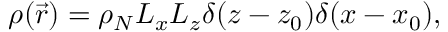
\rho ( \vec { r } ) = \rho _ { N } L _ { x } L _ { z } \delta ( z - z _ { 0 } ) \delta ( x - x _ { 0 } ) ,